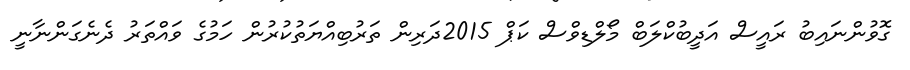
ގޮވުންނައިބު ރައީސް އަދީބުކްލަބް މޯލްޑިވްސް ކަޕް 2015ދަރިން ތަރުބިއްޔަތުކުރުން ހަމުގެ ވައްތަރު ދެނެގަންނާނީ